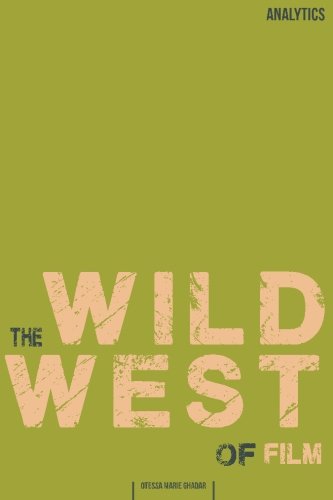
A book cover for The Wild West of Film: Analytics; Otessa Marie Ghadar; Computers & Technology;